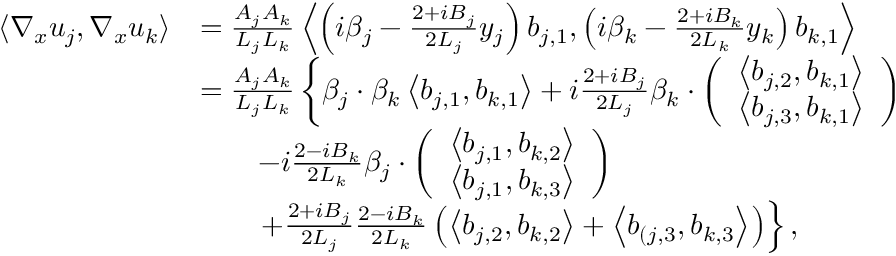
\begin{array} { r l } { \langle \nabla _ { x } u _ { j } , \nabla _ { x } u _ { k } \rangle } & { = \frac { A _ { j } A _ { k } } { L _ { j } L _ { k } } \left\langle \left( i \beta _ { j } - \frac { 2 + i B _ { j } } { 2 L _ { j } } y _ { j } \right) b _ { j , 1 } , \left( i \beta _ { k } - \frac { 2 + i B _ { k } } { 2 L _ { k } } y _ { k } \right) b _ { k , 1 } \right\rangle } \\ & { = \frac { A _ { j } A _ { k } } { L _ { j } L _ { k } } \left\{ \beta _ { j } \cdot \beta _ { k } \left\langle b _ { j , 1 } , b _ { k , 1 } \right\rangle + i \frac { 2 + i B _ { j } } { 2 L _ { j } } \beta _ { k } \cdot \left( \begin{array} { l } { \left\langle b _ { j , 2 } , b _ { k , 1 } \right\rangle } \\ { \left\langle b _ { j , 3 } , b _ { k , 1 } \right\rangle } \end{array} \right) \right. } \\ & { \qquad - i \frac { 2 - i B _ { k } } { 2 L _ { k } } \beta _ { j } \cdot \left( \begin{array} { l } { \left\langle b _ { j , 1 } , b _ { k , 2 } \right\rangle } \\ { \left\langle b _ { j , 1 } , b _ { k , 3 } \right\rangle } \end{array} \right) } \\ & { \qquad \left. + \frac { 2 + i B _ { j } } { 2 L _ { j } } \frac { 2 - i B _ { k } } { 2 L _ { k } } \left( \left\langle b _ { j , 2 } , b _ { k , 2 } \right\rangle + \left\langle b _ { ( j , 3 } , b _ { k , 3 } \right\rangle \right) \right\} , } \end{array}